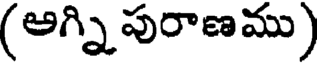
(ఆగ్ని పురాణము)